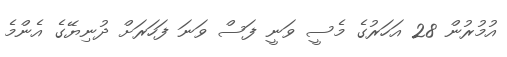
އުމުރުން 28 އަހަރުގެ މެސީ ވަނީ ފަސް ވަނަ ފަހަރަށް ދުނިޔޭގެ އެންމެ